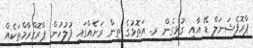
ޕްރޮފެޝަނަލް ޑޭ އާއި ގުޅިގެން ރ. އަތޮޅުގެ ތިން ރަށެއްގައި ފުލުހުން ޕްރޮގްރާމްތަކެއް